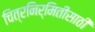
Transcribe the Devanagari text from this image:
चित्रनिर्मितीसाठी